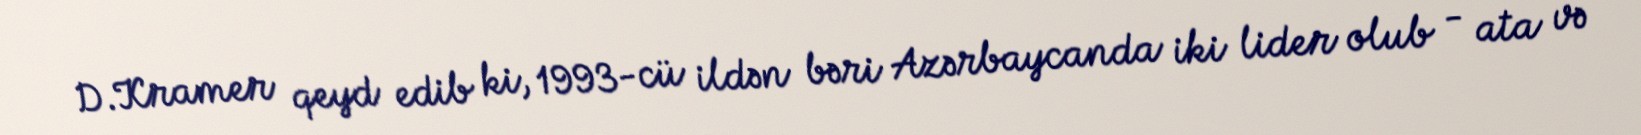
D.Kramer qeyd edib ki, 1993-cü ildən bəri Azərbaycanda iki lider olub - ata və